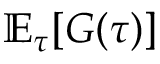
\mathbb { E } _ { \tau } [ G ( \tau ) ]